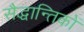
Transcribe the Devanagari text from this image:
सैद्धान्तिकों